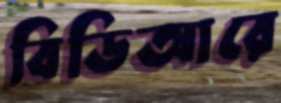
বিডিআরে